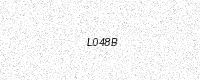
Text: L048B